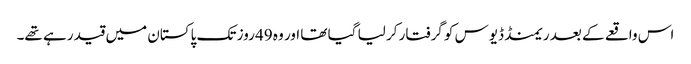
اس واقعے کے بعد ریمنڈ ڈیوس کو گرفتار کر لیا گیا تھا اور وہ 49 روز تک پاکستان میں قید رہے تھے۔